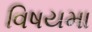
વિષયમા